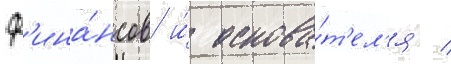
ф'ина́нсов и́ основа́т'ел'я /